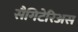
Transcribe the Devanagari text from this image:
सैगिटेरिअस